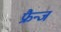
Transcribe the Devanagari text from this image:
फ्रैन्ज